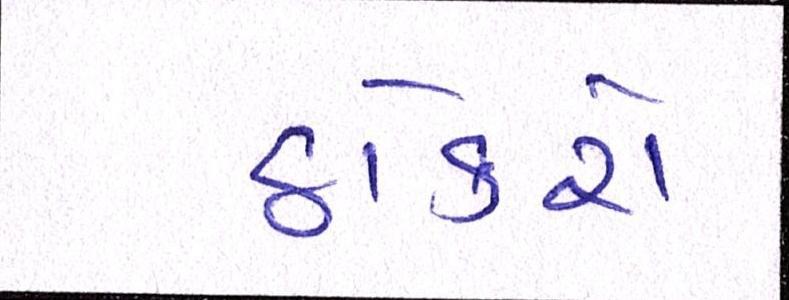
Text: ઠોકરો